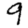
Digit: 9